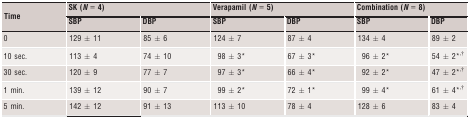
<table><thead><tr><td rowspan="2"><b>Time</b></td><td colspan="2"><b>SK (<i>N</i> = 4)</b></td><td colspan="2"><b>Verapamil (<i>N</i> = 5)</b></td><td colspan="2"><b>Combination (<i>N</i> = 8)</b></td></tr><tr><td><b>SBP</b></td><td><b>DBP</b></td><td><b>SBP</b></td><td><b>DBP</b></td><td><b>SBP</b></td><td><b>DBP</b></td></tr></thead><tbody><tr><td>0</td><td>129 ± 11</td><td>85 ± 6</td><td>124 ± 7</td><td>87 ± 4</td><td>134 ± 4</td><td>89 ± 2</td></tr><tr><td>10 sec.</td><td>113 ± 4</td><td>74 ± 10</td><td>98 ± 3a</td><td>67 ± 3a</td><td>96 ± 2a</td><td>54 ± 2a<sup>,</sup>b</td></tr><tr><td>30 sec.</td><td>120 ± 9</td><td>77 ± 7</td><td>97 ± 3a</td><td>66 ± 4a</td><td>92 ± 2a</td><td>47 ± 2a<sup>,</sup>b</td></tr><tr><td>1 min.</td><td>139 ± 12</td><td>90 ± 7</td><td>99 ± 2a</td><td>72 ± 1a</td><td>99 ± 4a</td><td>61 ± 4a<sup>,</sup>b</td></tr><tr><td>5 min.</td><td>142 ± 12</td><td>91 ± 13</td><td>113 ± 10</td><td>78 ± 4</td><td>128 ± 6</td><td>83 ± 4</td></tr></tbody></table>